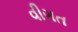
વીગત